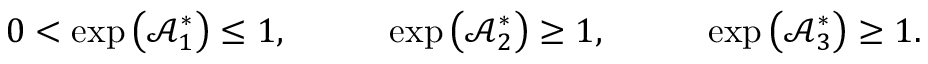
\begin{array} { r l r l r } { 0 < \exp \left( \mathcal { A } _ { 1 } ^ { \ast } \right) \leq 1 , } & { { } \quad } & { \exp \left( \mathcal { A } _ { 2 } ^ { \ast } \right) \geq 1 , } & { { } \quad } & { \exp \left( \mathcal { A } _ { 3 } ^ { \ast } \right) \geq 1 . } \end{array}